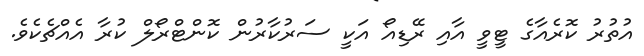
އުތުރު ކޮރެއާގެ ޓީވީ އާއި ރޭޑިއޯ އަކީ ސަރުކާރުން ކޮންޓްރޯލް ކުރާ އެއްޗެކެވެ.